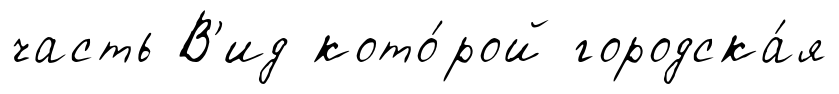
часть В'ид кото́рой городска́я